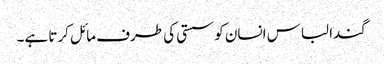
گندا لباس انسان کو سستی کی طرف مائل کرتا ہے۔